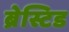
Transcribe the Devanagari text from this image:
ब्रेस्टिड